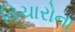
વિચારોના